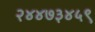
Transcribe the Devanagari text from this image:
२४४७३४५९